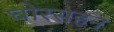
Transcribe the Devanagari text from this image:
घोरसहन